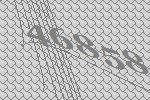
46858